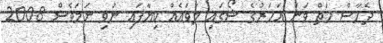
ދެހާސް ހަތް ވަނަ އަހަރުގެ ޝޯގައި ލަވައެއް ކިޔާފައި ނުވި ނަމަވެސް 2008